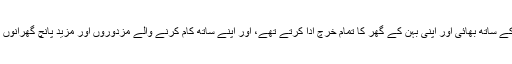
اپنے اہل خانہ کی پرورش کے ساتھ بھائی اور اپنی بہن کے گھر کا تمام خرچ ادا کرتے تھے، اور اپنے ساتھ کام کرنے والے مزدوروں اور مزید پانچ گھرانوں کی کفالت بھی کرتے تھے۔